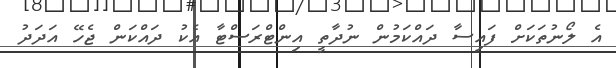
އެ ލޯނުތަކަށް ފައިސާ ދައްކަމުން ނުދާތީ އިންޓްރަސްޓާ އެކު ދައްކަން ޖެހޭ އަދަދު